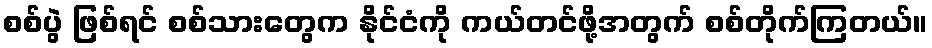
စစ်ပွဲ ဖြစ်ရင် စစ်သားတွေက နိုင်ငံကို ကယ်တင်ဖို့အတွက် စစ်တိုက်ကြတယ်။